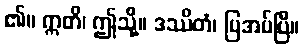
၏။ ဣတိ၊ ဤသို့။ ဒဿိတံ၊ ပြအပ်ပြီ။